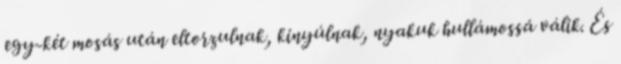
egy-két mosás után eltorzulnak, kinyúlnak, nyakuk hullámossá válik. És